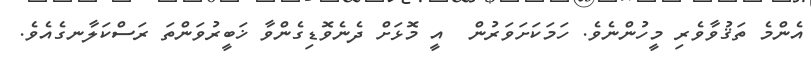
އެންމެ ތަޤުވާވެރި މީހުންނެވެ. ހަމަކަށަވަރުން  އީ މޮޅަށް ދެނެވޮޑިގެންވާ ޚަބީރުވަންތަ ރަސްކަލާނގެއެވެ.